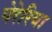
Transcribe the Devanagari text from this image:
पेरेरिया